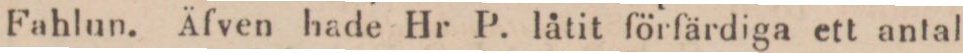
Fahlun. Äfven hade Hr P. låtit förfärdiga ett antal